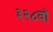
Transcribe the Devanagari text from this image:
३२८वॉ